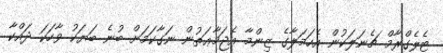
ޓެލެގްރާމް ޗެނަލަކުން އެހަމަލާގެ ޒިންމާ އެޖަމާޢަތުން ނަގާކަމަށް ބުނެ ބަޔަކު ވާހަކަ ދައްކާ